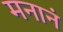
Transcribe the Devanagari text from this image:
मनानं